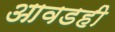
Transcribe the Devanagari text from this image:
आवडही